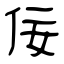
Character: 佞